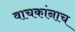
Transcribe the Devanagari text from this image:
वाचकांनाच